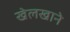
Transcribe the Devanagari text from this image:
खेलखाने